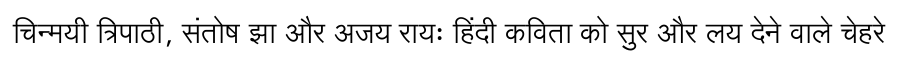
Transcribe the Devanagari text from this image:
चिन्मयी त्रिपाठी, संतोष झा और अजय रायः हिंदी कविता को सुर और लय देने वाले चेहरे